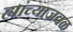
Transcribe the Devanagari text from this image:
ह्यांच्याजवळ